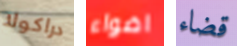
دراكولا اضواء قضاء